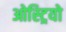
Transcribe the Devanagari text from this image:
ओस्ट्रियो